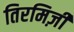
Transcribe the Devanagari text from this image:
तिरमिज़ी